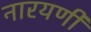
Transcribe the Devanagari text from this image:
नारयणी